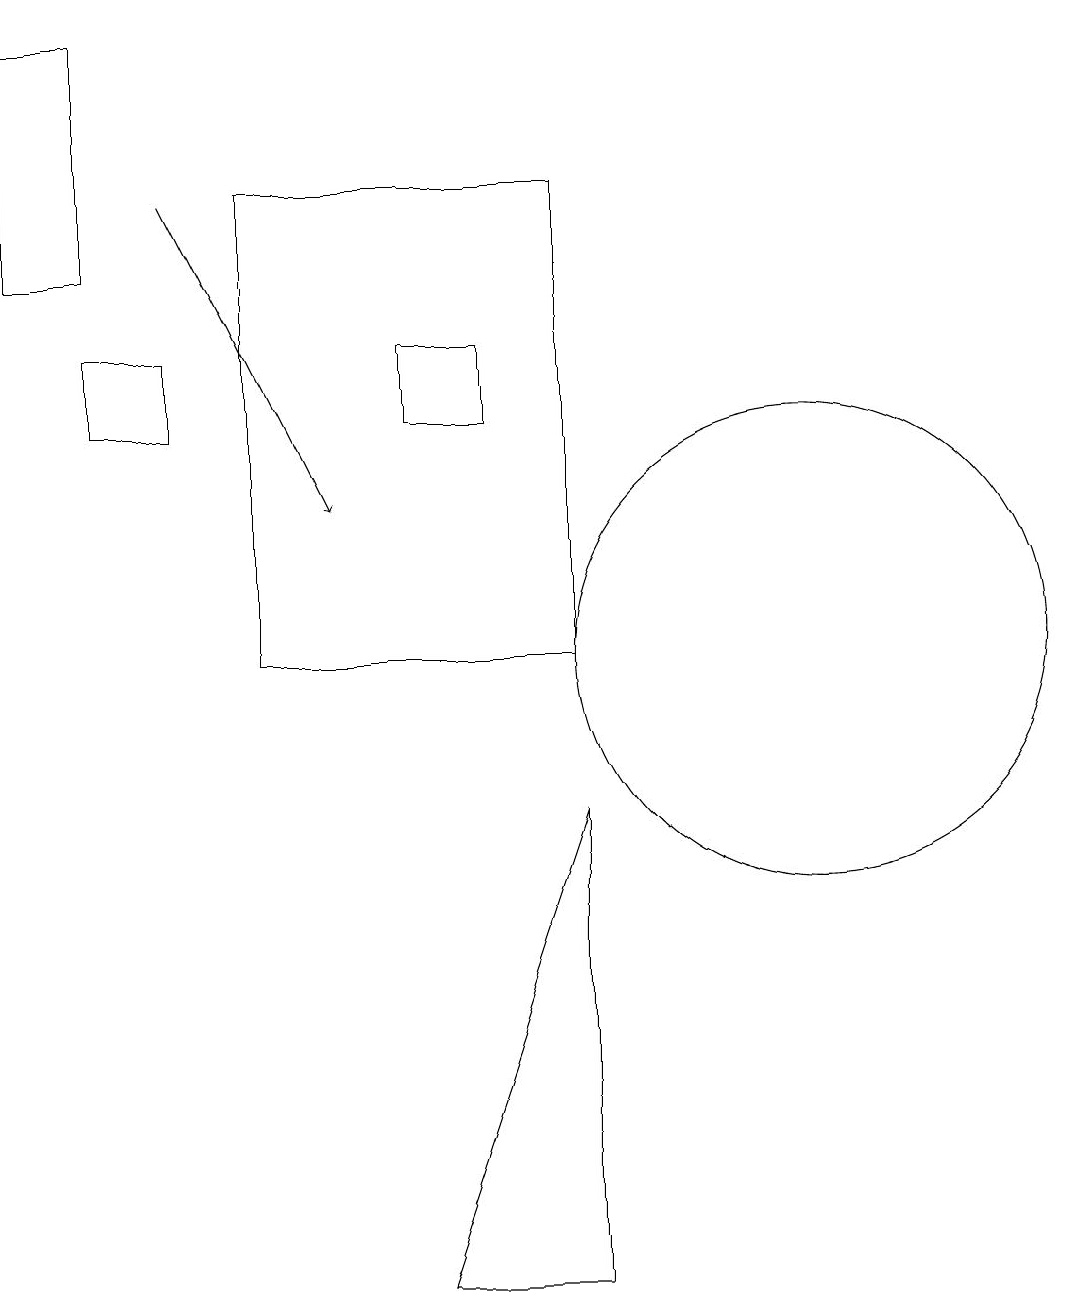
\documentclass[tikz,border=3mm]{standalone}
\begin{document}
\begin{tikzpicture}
\draw (6,13) rectangle (7,14);
\draw (3,13) rectangle (2,14);
\draw (8,2) -- (6,2) -- (8,8) -- cycle;
\draw (3,10) rectangle (3,10);
\draw (11,10) circle (3);
\draw[->] (3,16) -- (5,12);
\draw (4,10) rectangle (8,16);
\draw (2,18) rectangle (1,15);
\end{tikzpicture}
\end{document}